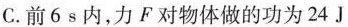
C.前6s内，力F对物体做的功为24J